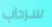
سرداب